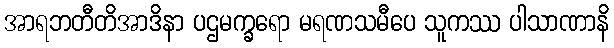
အာရဘတီတိအာဒိနာ ပဌမက္ခရော မရဏသမီပေ သူကဿ ပါသာဏာနိ